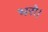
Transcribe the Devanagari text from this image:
भरो।